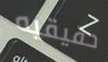
حقيقيه